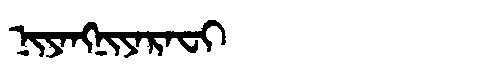
Manchu: ᠨᡳᠶᠠᠩᠨᡳᠶᠠᡵᠠᠸᡳ
Romanization: NIYANGNIYARAFI